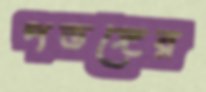
পতঙ্গের